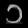
Digit: ၁